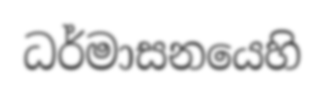
ධර්මාසනයෙහි